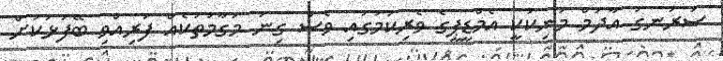
ސަރަނގު އާދަމް މަނިކަކީ އެމްޑީޕީގެ ވެރިކަމުގައި ވެސް ގިނަ މަގާމުތަކެއް ފުރިއްވި ބޭފުޅަކަށް